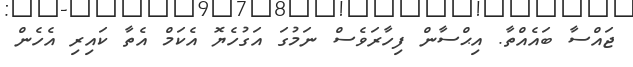
ޖައްސާ ބައެއްތާ. އިޙްސާން ފިހާރަވެސް ނަމުގަ އަގުހެޔޮ އެކަމް އެތާ ކައިރި އެހެން